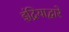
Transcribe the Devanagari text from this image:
इंद्रियाद्वारे